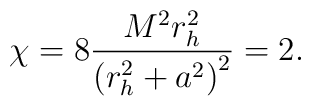
\chi =8 {M^{2}r_{h}^{2}\over \left(r_{h}^{2}+a^{2}\right)^{2}}= 2.